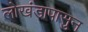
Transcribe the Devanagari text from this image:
लोखंडापासुन